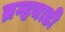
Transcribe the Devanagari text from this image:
ब्रम्हवाडी